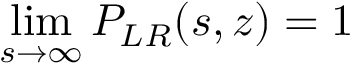
\operatorname* { l i m } _ { s \to \infty } { \cal P } _ { L R } ( s , z ) = 1